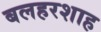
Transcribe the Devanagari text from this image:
बलहरशाह